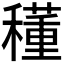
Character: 𥣑